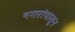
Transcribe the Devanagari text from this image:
नगरांपासून